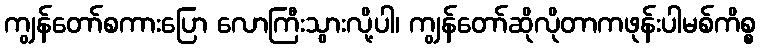
ကျွန်တော်စကားပြော လောကြီးသွားလို့ပါ၊ ကျွန်တော်ဆိုလိုတာကဖုန်းပါမစ်ကိစ္စ